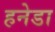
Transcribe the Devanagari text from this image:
हनेडा